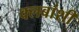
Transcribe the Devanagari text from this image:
क्लबांशी